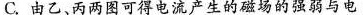
C.由乙、丙两图可得电流产生的磁场的强弱与电